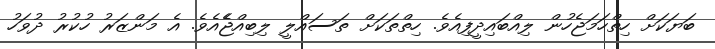
ބަޔަކަށް ހިތްހަމަޖެހުން ލިއްބައިދީފިއެވެ. ހިތްތަކަށް ތަސައްލީ ލިބިއްޖެެއެވެ. އެ މަންޒަރު ހުކުރު ދުވަހު